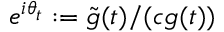
e ^ { i \theta _ { t } } : = \tilde { g } ( t ) / ( c g ( t ) )